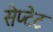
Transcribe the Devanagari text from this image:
सेप्टेट